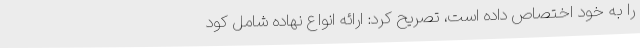
را به خود اختصاص داده است، تصریح کرد: ارائه انواع نهاده شامل کود